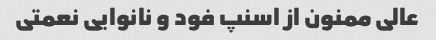
عالی ممنون از اسنپ فود و نانوایی نعمتی